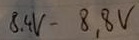
Text: 8,4V-8,8V